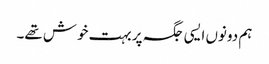
ہم دونوں ایسی جگہ پر بہت خوش تھے۔